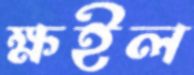
ক্ষইল